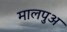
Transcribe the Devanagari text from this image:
मालपुअ